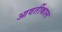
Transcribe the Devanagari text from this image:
आवर्तीकाल